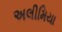
અલીમિયા